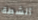
أنشطة